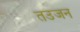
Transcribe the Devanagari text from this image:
तउजन